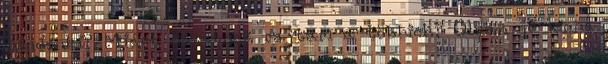
mindenki? Miért nevetnek rajtam a többiek? Olyan jó lenne